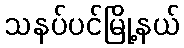
သနပ်ပင်မြို့နယ်